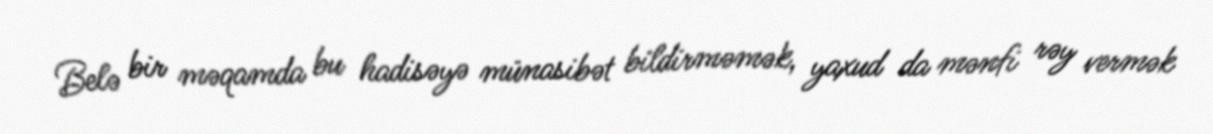
Belə bir məqamda bu hadisəyə münasibət bildirməmək, yaxud da mənfi rəy vermək